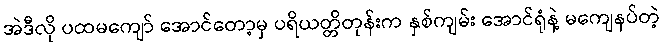
အဲဒီလို ပထမကျော် အောင်တော့မှ ပရိယတ္တိတုန်းက နှစ်ကျမ်း အောင်ရုံနဲ့ မကျေနပ်တဲ့